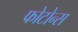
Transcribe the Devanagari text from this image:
फोटोन्स